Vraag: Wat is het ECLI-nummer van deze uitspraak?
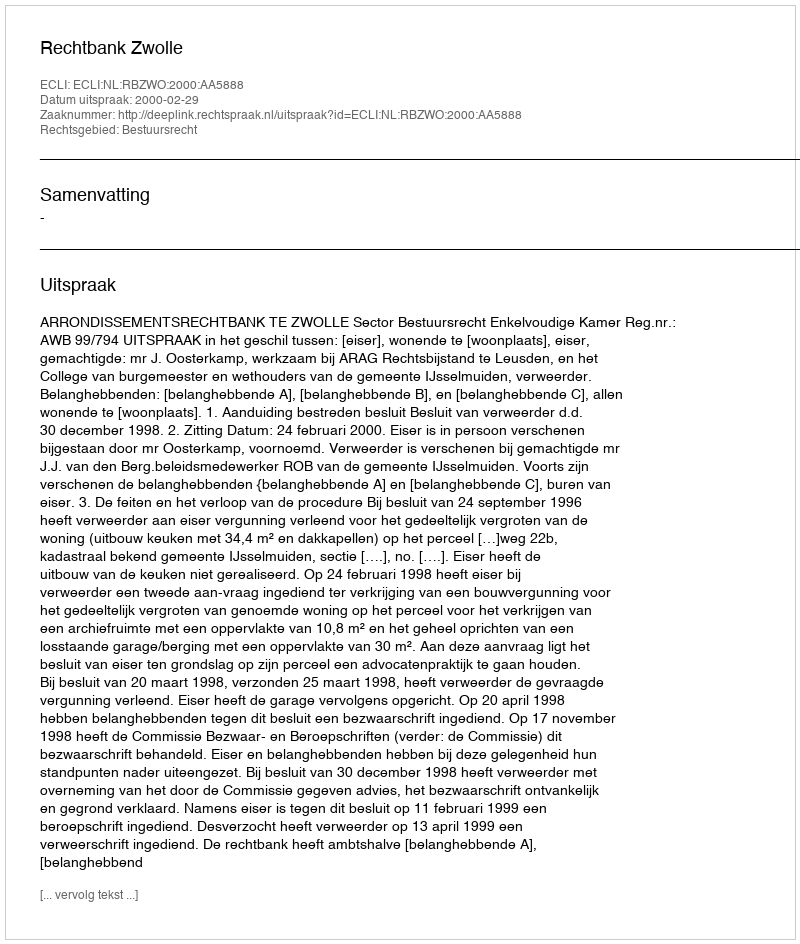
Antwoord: ECLI:NL:RBZWO:2000:AA5888